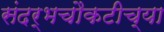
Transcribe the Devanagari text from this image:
संदर्भचौकटीच्या